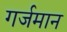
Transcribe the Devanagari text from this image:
गर्जमान